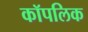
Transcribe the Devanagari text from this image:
कॉपलिक